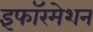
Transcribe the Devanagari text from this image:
इंफॉरमेशन